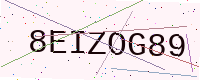
Text: 8EIZOG89